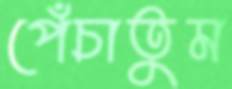
পেঁচাতুম